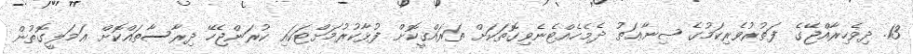
13. ދިވެހިރާއްޖޭގެ ފަތުރުވެރިކަމުގެ ޞިނާޢަތު ދެމެހެއްޓެނެވިގޮތަކަށް ތަރައްޤީކޮށް ފުޅާކުރުމަށްޓަކައި ކުރަންޖެހޭ ދިރާސާތައްކޮށް ޢަމަލީގޮތުން